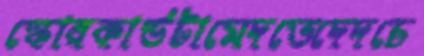
স্কোরকার্ডটামেদভেদেদচে